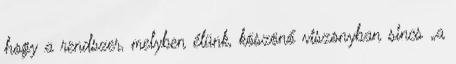
hogy a rendszer, melyben élünk, köszönő viszonyban sincs „a